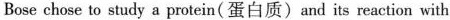
Bose chose to study a protein (蛋白质) and its reaction with